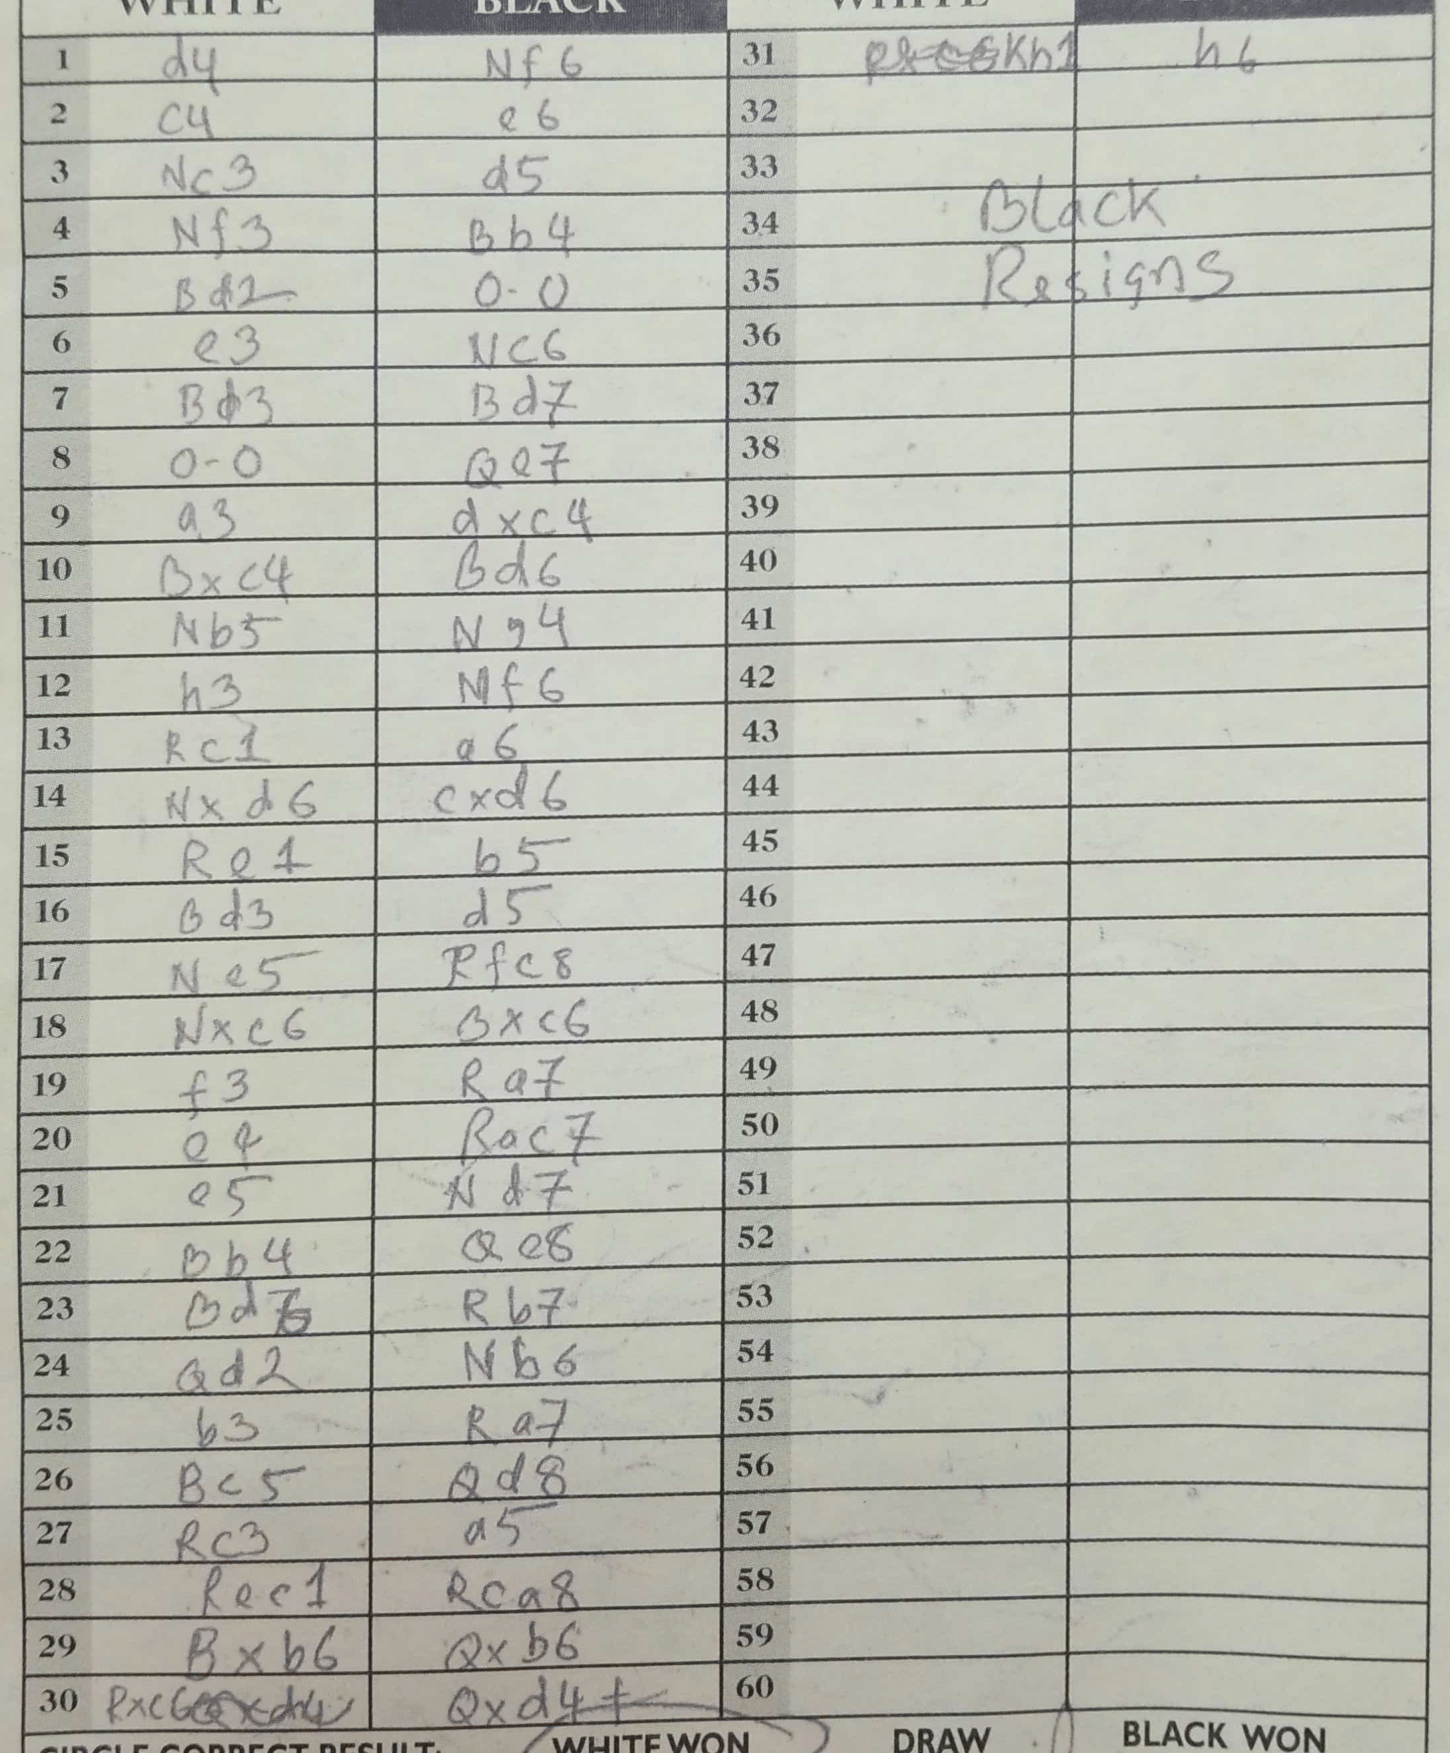
Moves: d4 Nf6 c4 e6 Nc3 d5 Nf3 Bb4 Bd2 O-O e3 Nc6 Bd3 Bd7 O-O Qe7 a3 dxc4 Bxc4 Bd6 Nb5 Ng4 h3 Nf6 Rc1 a6 Nxd6 cxd6 Re1 b5 Bd3 d5 Ne5 Rfc8 Nxc6 Bxc6 f3 Ra7 e4 Rac7 e5 Nd7 Bb4 Qe8 Bd7 Rb7 Qd2 Nb6 b3 Ra7 Bc5 Qd8 Rc3 a5 Rec1 Rca8 Bxb6 Qxb6 Rxc6 Qxd4+ Kh1 h6